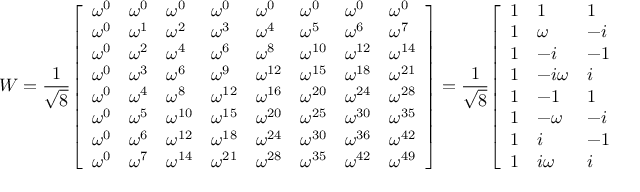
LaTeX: W = { \frac { 1 } { \sqrt { 8 } } } { \left[ \begin{array} { l l l l l l l l } { \omega ^ { 0 } } & { \omega ^ { 0 } } & { \omega ^ { 0 } } & { \omega ^ { 0 } } & { \omega ^ { 0 } } & { \omega ^ { 0 } } & { \omega ^ { 0 } } & { \omega ^ { 0 } } \\ { \omega ^ { 0 } } & { \omega ^ { 1 } } & { \omega ^ { 2 } } & { \omega ^ { 3 } } & { \omega ^ { 4 } } & { \omega ^ { 5 } } & { \omega ^ { 6 } } & { \omega ^ { 7 } } \\ { \omega ^ { 0 } } & { \omega ^ { 2 } } & { \omega ^ { 4 } } & { \omega ^ { 6 } } & { \omega ^ { 8 } } & { \omega ^ { 1 0 } } & { \omega ^ { 1 2 } } & { \omega ^ { 1 4 } } \\ { \omega ^ { 0 } } & { \omega ^ { 3 } } & { \omega ^ { 6 } } & { \omega ^ { 9 } } & { \omega ^ { 1 2 } } & { \omega ^ { 1 5 } } & { \omega ^ { 1 8 } } & { \omega ^ { 2 1 } } \\ { \omega ^ { 0 } } & { \omega ^ { 4 } } & { \omega ^ { 8 } } & { \omega ^ { 1 2 } } & { \omega ^ { 1 6 } } & { \omega ^ { 2 0 } } & { \omega ^ { 2 4 } } & { \omega ^ { 2 8 } } \\ { \omega ^ { 0 } } & { \omega ^ { 5 } } & { \omega ^ { 1 0 } } & { \omega ^ { 1 5 } } & { \omega ^ { 2 0 } } & { \omega ^ { 2 5 } } & { \omega ^ { 3 0 } } & { \omega ^ { 3 5 } } \\ { \omega ^ { 0 } } & { \omega ^ { 6 } } & { \omega ^ { 1 2 } } & { \omega ^ { 1 8 } } & { \omega ^ { 2 4 } } & { \omega ^ { 3 0 } } & { \omega ^ { 3 6 } } & { \omega ^ { 4 2 } } \\ { \omega ^ { 0 } } & { \omega ^ { 7 } } & { \omega ^ { 1 4 } } & { \omega ^ { 2 1 } } & { \omega ^ { 2 8 } } & { \omega ^ { 3 5 } } & { \omega ^ { 4 2 } } & { \omega ^ { 4 9 } } \end{array} \right] } = { \frac { 1 } { \sqrt { 8 } } } { \left[ \begin{array} { l l l l l l l l } { 1 } & { 1 } & { 1 } & { 1 } & { 1 } & { 1 } & { 1 } & { 1 } \\ { 1 } & { \omega } & { - i } & { - i \omega } & { - 1 } & { - \omega } & { i } & { i \omega } \\ { 1 } & { - i } & { - 1 } & { i } & { 1 } & { - i } & { - 1 } & { i } \\ { 1 } & { - i \omega } & { i } & { \omega } & { - 1 } & { i \omega } & { - i } & { - \omega } \\ { 1 } & { - 1 } & { 1 } & { - 1 } & { 1 } & { - 1 } & { 1 } & { - 1 } \\ { 1 } & { - \omega } & { - i } & { i \omega } & { - 1 } & { \omega } & { i } & { - i \omega } \\ { 1 } & { i } & { - 1 } & { - i } & { 1 } & { i } & { - 1 } & { - i } \\ { 1 } & { i \omega } & { i } & { - \omega } & { - 1 } & { - i \omega } & { - i } & { \omega } \end{array} \right] }